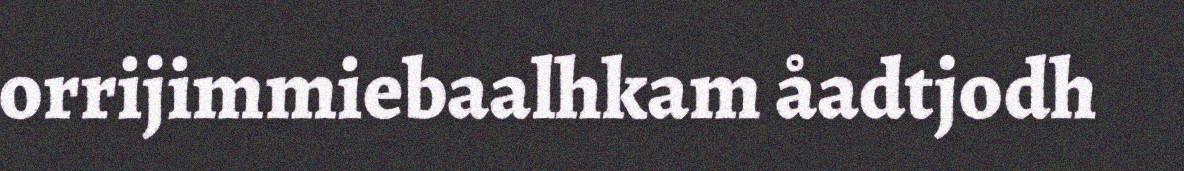
orrijimmiebaalhkam åadtjodh